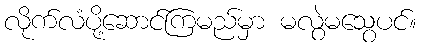
လိုက်လံပို့ဆောင်ကြမည်မှာ မလွဲမသွေပင်။